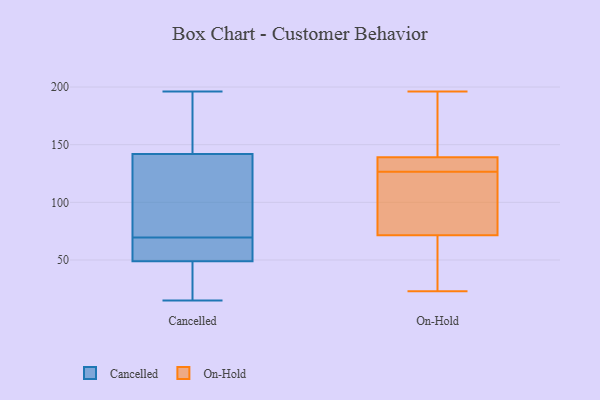
{"axis": {"x": "Population (Million)", "y": "Value"}, "legend": ["Cancelled", "On-Hold"], "data": [{"x": "", "y": 75, "type": "Cancelled"}, {"x": "", "y": 106, "type": "Cancelled"}, {"x": "", "y": 15, "type": "Cancelled"}, {"x": "", "y": 21, "type": "Cancelled"}, {"x": "", "y": 102, "type": "Cancelled"}, {"x": "", "y": 41, "type": "Cancelled"}, {"x": "", "y": 196, "type": "Cancelled"}, {"x": "", "y": 64, "type": "Cancelled"}, {"x": "", "y": 56, "type": "Cancelled"}, {"x": "", "y": 46, "type": "Cancelled"}, {"x": "", "y": 165, "type": "Cancelled"}, {"x": "", "y": 79, "type": "Cancelled"}, {"x": "", "y": 49, "type": "Cancelled"}, {"x": "", "y": 54, "type": "Cancelled"}, {"x": "", "y": 63, "type": "Cancelled"}, {"x": "", "y": 178, "type": "Cancelled"}, {"x": "", "y": 185, "type": "Cancelled"}, {"x": "", "y": 142, "type": "Cancelled"}, {"x": "", "y": 85, "type": "On-Hold"}, {"x": "", "y": 131, "type": "On-Hold"}, {"x": "", "y": 196, "type": "On-Hold"}, {"x": "", "y": 53, "type": "On-Hold"}, {"x": "", "y": 59, "type": "On-Hold"}, {"x": "", "y": 129, "type": "On-Hold"}, {"x": "", "y": 146, "type": "On-Hold"}, {"x": "", "y": 168, "type": "On-Hold"}, {"x": "", "y": 79, "type": "On-Hold"}, {"x": "", "y": 109, "type": "On-Hold"}, {"x": "", "y": 23, "type": "On-Hold"}, {"x": "", "y": 124, "type": "On-Hold"}, {"x": "", "y": 132, "type": "On-Hold"}, {"x": "", "y": 159, "type": "On-Hold"}, {"x": "", "y": 132, "type": "On-Hold"}, {"x": "", "y": 64, "type": "On-Hold"}]}